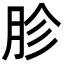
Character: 胗